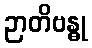
ဉာတိဗန္ဓု